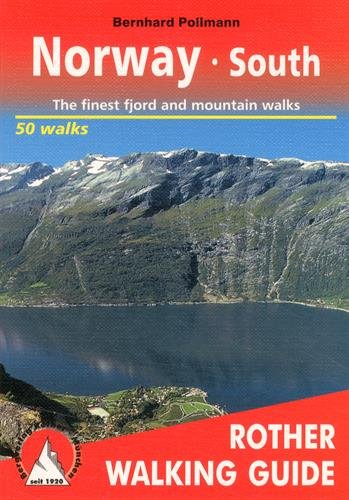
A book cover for Norway South (Rother Walking Guides Europe) (English and German Edition); Bernhard Pollman; Travel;